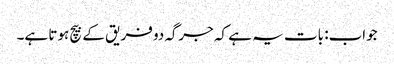
جواب: بات یہ ہے کہ جرگہ دو فریق کے بیچ ہوتا ہے۔